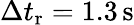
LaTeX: \Delta t_{\mathrm{r}}=1.3\, \mathrm{s}